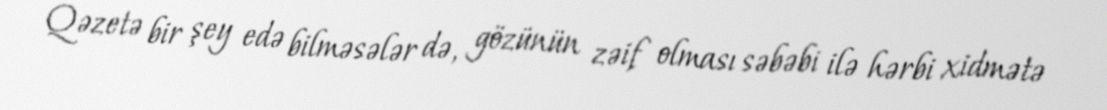
Qəzetə bir şey edə bilməsələr də, gözünün zəif olması səbəbi ilə hərbi xidmətə